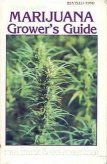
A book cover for Marijuana Grower's Guide; Mel Frank; Science & Math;